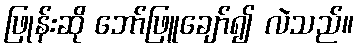
ဖြုန်းဆို ဘော်ဖြူချော်၍ လဲသည်။